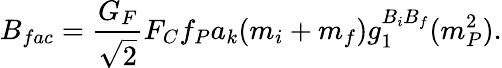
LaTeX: B_{fac}={\frac{G_{F}}{\sqrt{2}}}F_{C}f_{P}a_{k}(m_{i}+m_{f})g_{1}^{B_{i}B_{f}}(m_{P}^{2}).